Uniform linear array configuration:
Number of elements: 64
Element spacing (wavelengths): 0.75
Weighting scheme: exponential
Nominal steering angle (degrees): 45
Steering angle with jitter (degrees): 45.193
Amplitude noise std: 0.05
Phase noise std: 0.05

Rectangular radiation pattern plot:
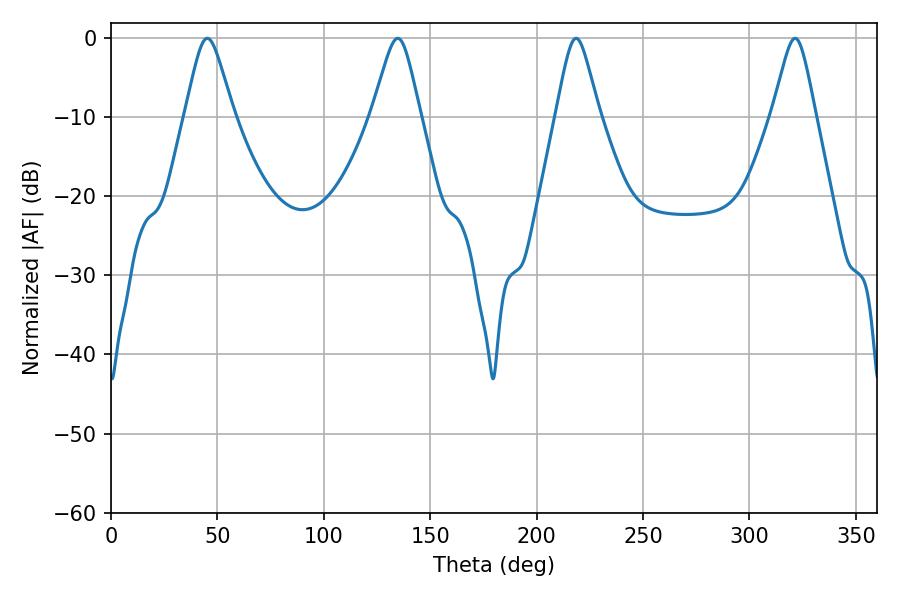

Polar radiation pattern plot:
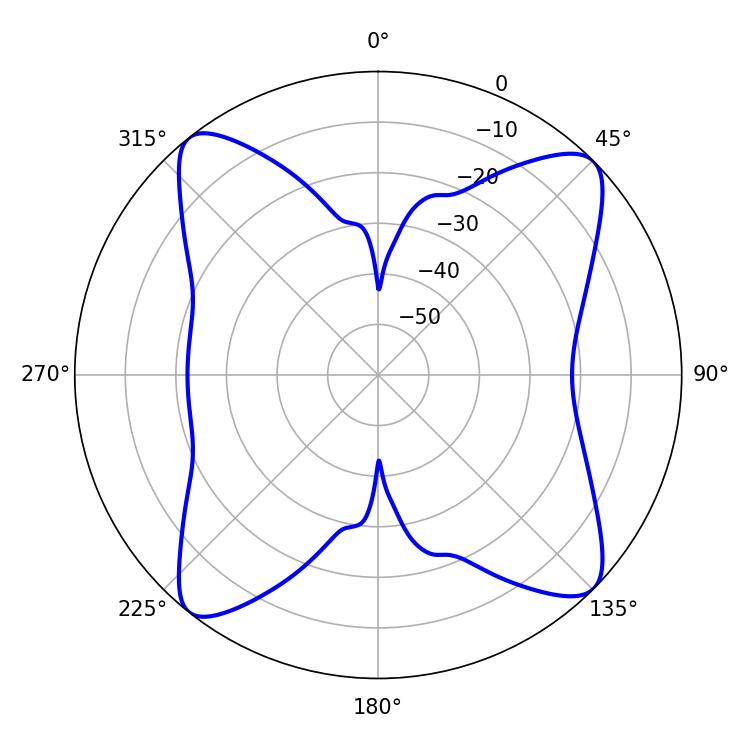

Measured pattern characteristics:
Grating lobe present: TRUE
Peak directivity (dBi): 14.498
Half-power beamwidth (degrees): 9.72
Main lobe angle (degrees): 218.52